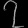
Digit: ၇